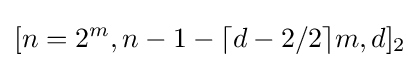
[n=2^{m},n-1-\lceil {d-2}/2\rceil m,d]_{2}